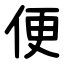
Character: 便